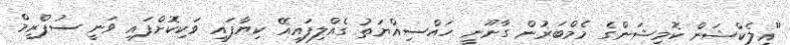
"އިލެކްޝަން ކޮމިޝަންގެ މެމްބަރުން ގާނޫނީ ހައްސިއްޔަތު ގެއްލިފައިއޭ ކިޔާފައި ވަކިކޮށްފައި ވަނީ ސުޕްރީމް